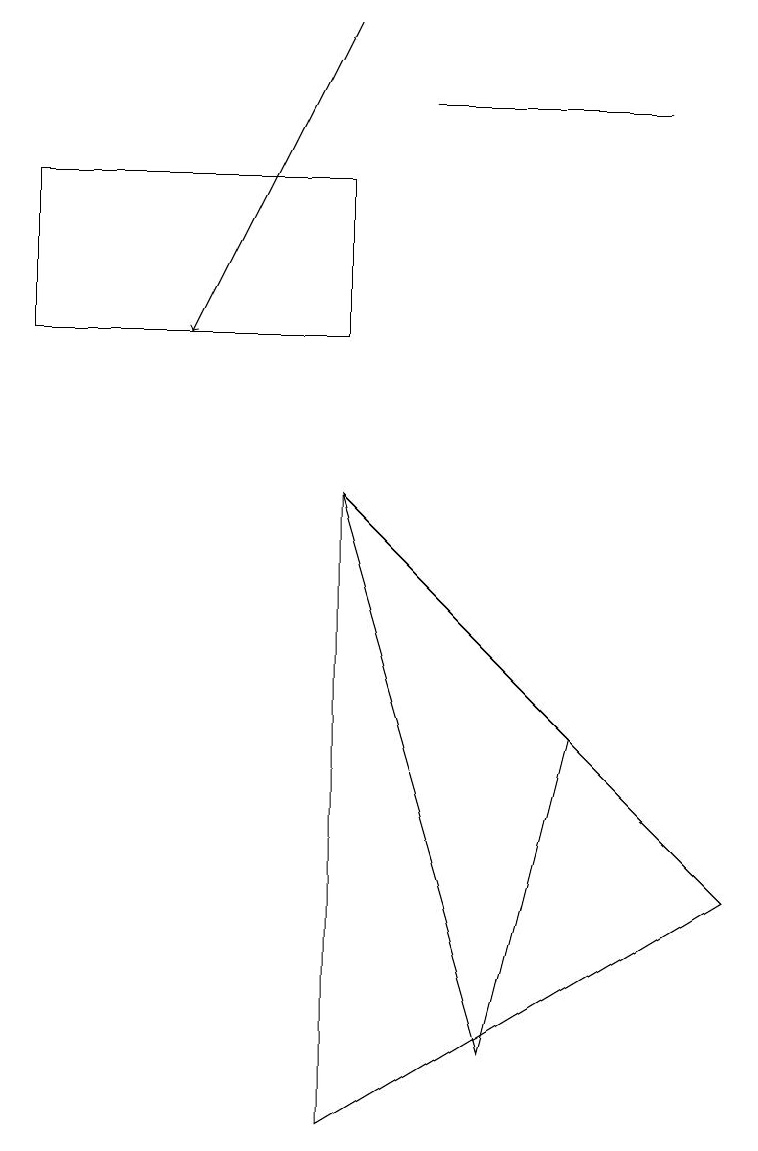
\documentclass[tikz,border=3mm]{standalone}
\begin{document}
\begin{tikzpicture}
\draw (4,11) rectangle (0,13);
\draw (8,14) rectangle (5,14);
\draw (4,9) -- (9,4) -- (4,1) -- cycle;
\draw (4,9) -- (7,6) -- (6,2) -- cycle;
\draw[->] (4,15) -- (2,11);
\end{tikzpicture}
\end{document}